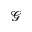
\mathcal { G }